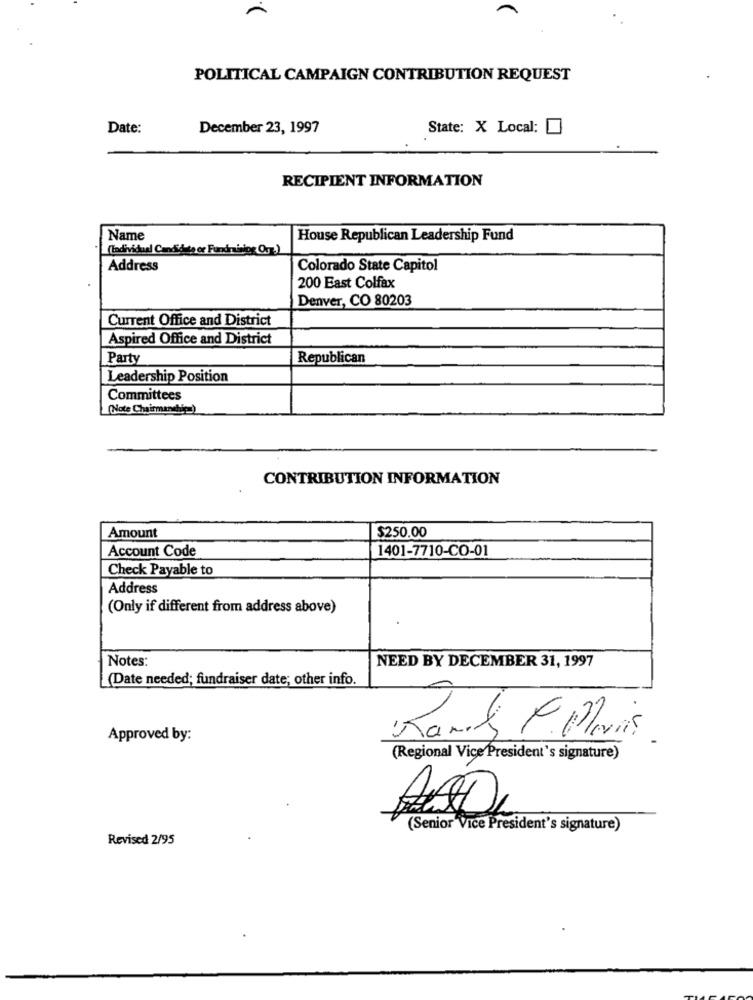
POLITICAL CAMPAIGN CONTRIBUTION REQUEST
Date:
December 23, 1997
State: X Local:
RECIPIENT INFORMATION
Name
House Republican Leadership Fund
(Individual Candidate or Fundraising Ogr)
Address
Colorado State Capitol
200 East Colfax
Denver, CO 80203
Current Office and District
Aspired Office and District
Party
Republican
Leadership Position
Committees
(Note Chairmanchile)
CONTRIBUTION INFORMATION
$250.00
Amount
Account Code
1401-7710-CO-01
Check Payable to
Address
(Only if different from address above)
Notes:
NEED BY DECEMBER 31, 1997
(Date needed; fundraiser date; other info.
Approved by:
Rank P. Plvins
(Regional Vice President's signature)
(Senior Vice President's signature)
Revised 2/95